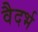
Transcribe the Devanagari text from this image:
वैदर्भ